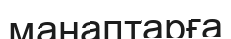
манаптарға